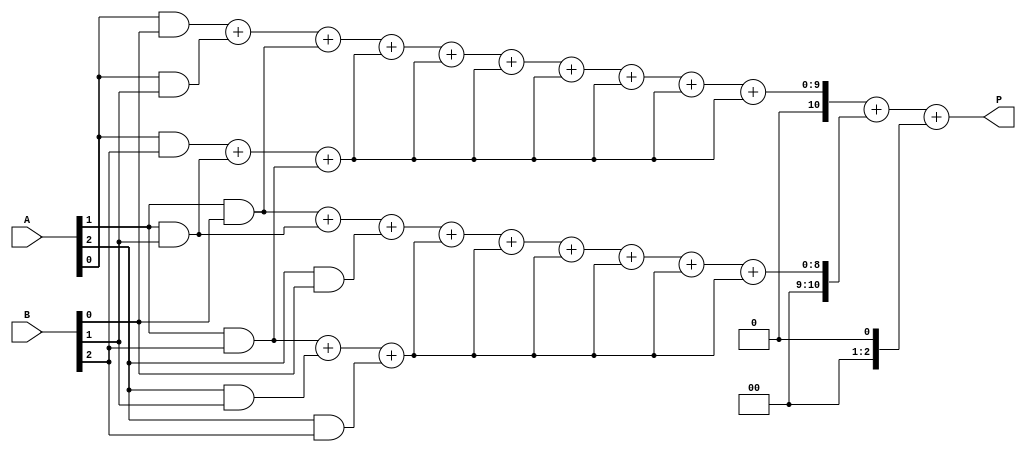
module WallaceTreeMultiplier #(
    parameter N = 8 // Parameter for the bit-width of the operands
) (
    input wire [N-1:0] A, // First operand
    input wire [N-1:0] B, // Second operand
    output wire [2*N-1:0] P // Product output
);

    // Generate Partial Products
    wire [N-1:0] pp [N-1:0]; // Partial products
    genvar i, j;
    generate
        for (i = 0; i < N; i = i + 1) begin : partial_products
            for (j = 0; j < N; j = j + 1) begin : pp_gen
                assign pp[i][j] = A[i] & B[j]; // AND operation for partial product
            end
        end
    endgenerate

    // Wallace Tree Reduction
    wire [N + 2:0] sum [N-1:0]; // Sums at each level
    wire [N + 2:0] carry [N-1:0]; // Carries at each level

    // Initial stage - first level of reduction
    generate
        for (i = 0; i < N; i = i + 1) begin : first_level
            if (i < N - 1) begin
                assign sum[i] = pp[i][0] + pp[i][1] + pp[i + 1][0]; // Half adder
                assign carry[i] = pp[i][2] + pp[i + 1][1] + pp[i + 1][2]; // Full adder
            end else begin
                assign sum[i] = pp[i][0] + pp[i][1];
                assign carry[i] = pp[i][2];
            end
        end
    endgenerate

    // Additional reduction levels
    genvar level;
    generate
        for (level = 1; level < N; level = level + 1) begin : reduction_levels
            for (i = 0; i < N - level; i = i + 1) begin : level_reduction
                assign sum[i] = sum[i] + carry[i]; // Sum the carries from the previous level
            end
        end
    endgenerate

    // Final addition stage
    wire [2*N-1:0] final_sum;
    wire [2*N-1:0] final_carry;

    assign final_sum = sum[0] + sum[1]; // Final addition
    assign P = final_sum + final_carry; // Final product

endmodule